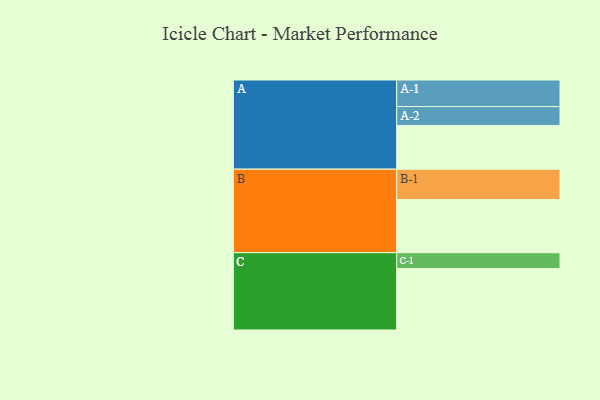
{"axis": {"x": "Segment", "y": "Value"}, "legend": ["", "A", "B", "C"], "data": [{"x": "A", "y": 405, "type": ""}, {"x": "B", "y": 493, "type": ""}, {"x": "C", "y": 569, "type": ""}, {"x": "A-1", "y": 246, "type": "A"}, {"x": "A-2", "y": 175, "type": "A"}, {"x": "B-1", "y": 281, "type": "B"}, {"x": "C-1", "y": 147, "type": "C"}]}